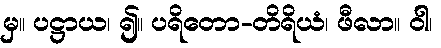
မှ။ ပဋ္ဌာယ၊ ၍။ ပရိတော-တိရိယံ၊ ဖီလာ။ ဝါ၊